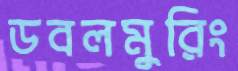
ডবলমুরিং